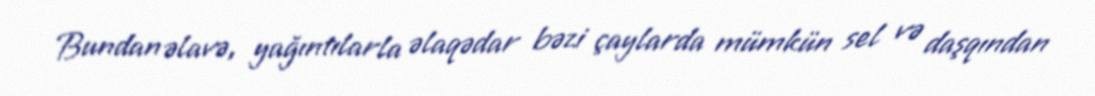
Bundan əlavə, yağıntılarla əlaqədar bəzi çaylarda mümkün sel və daşqından